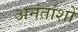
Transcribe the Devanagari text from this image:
अनंतांशों